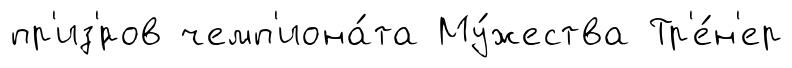
пр'из'́ров чемп'иона́та Му́жества Тр'е́н'ер